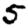
Digit: 5